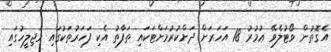
އެގޮތުން ވޯޓުލެވޭ ޢުމުރު 18 އަހަރަށް ދަށްކުރުމަށްޓަކައި ތަފާތު އެކި ފަހަރުތަކުގައި މަޖިލީހުގައި